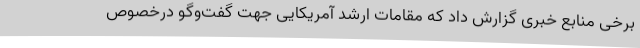
برخی منابع خبری گزارش داد که مقامات ارشد آمریکایی جهت گفت‌وگو درخصوص